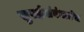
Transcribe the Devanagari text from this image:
सुरक्षेसंबंधातील